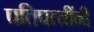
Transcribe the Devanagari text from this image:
पतिपत्नींनी